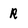
Character: R